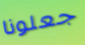
جعلونا